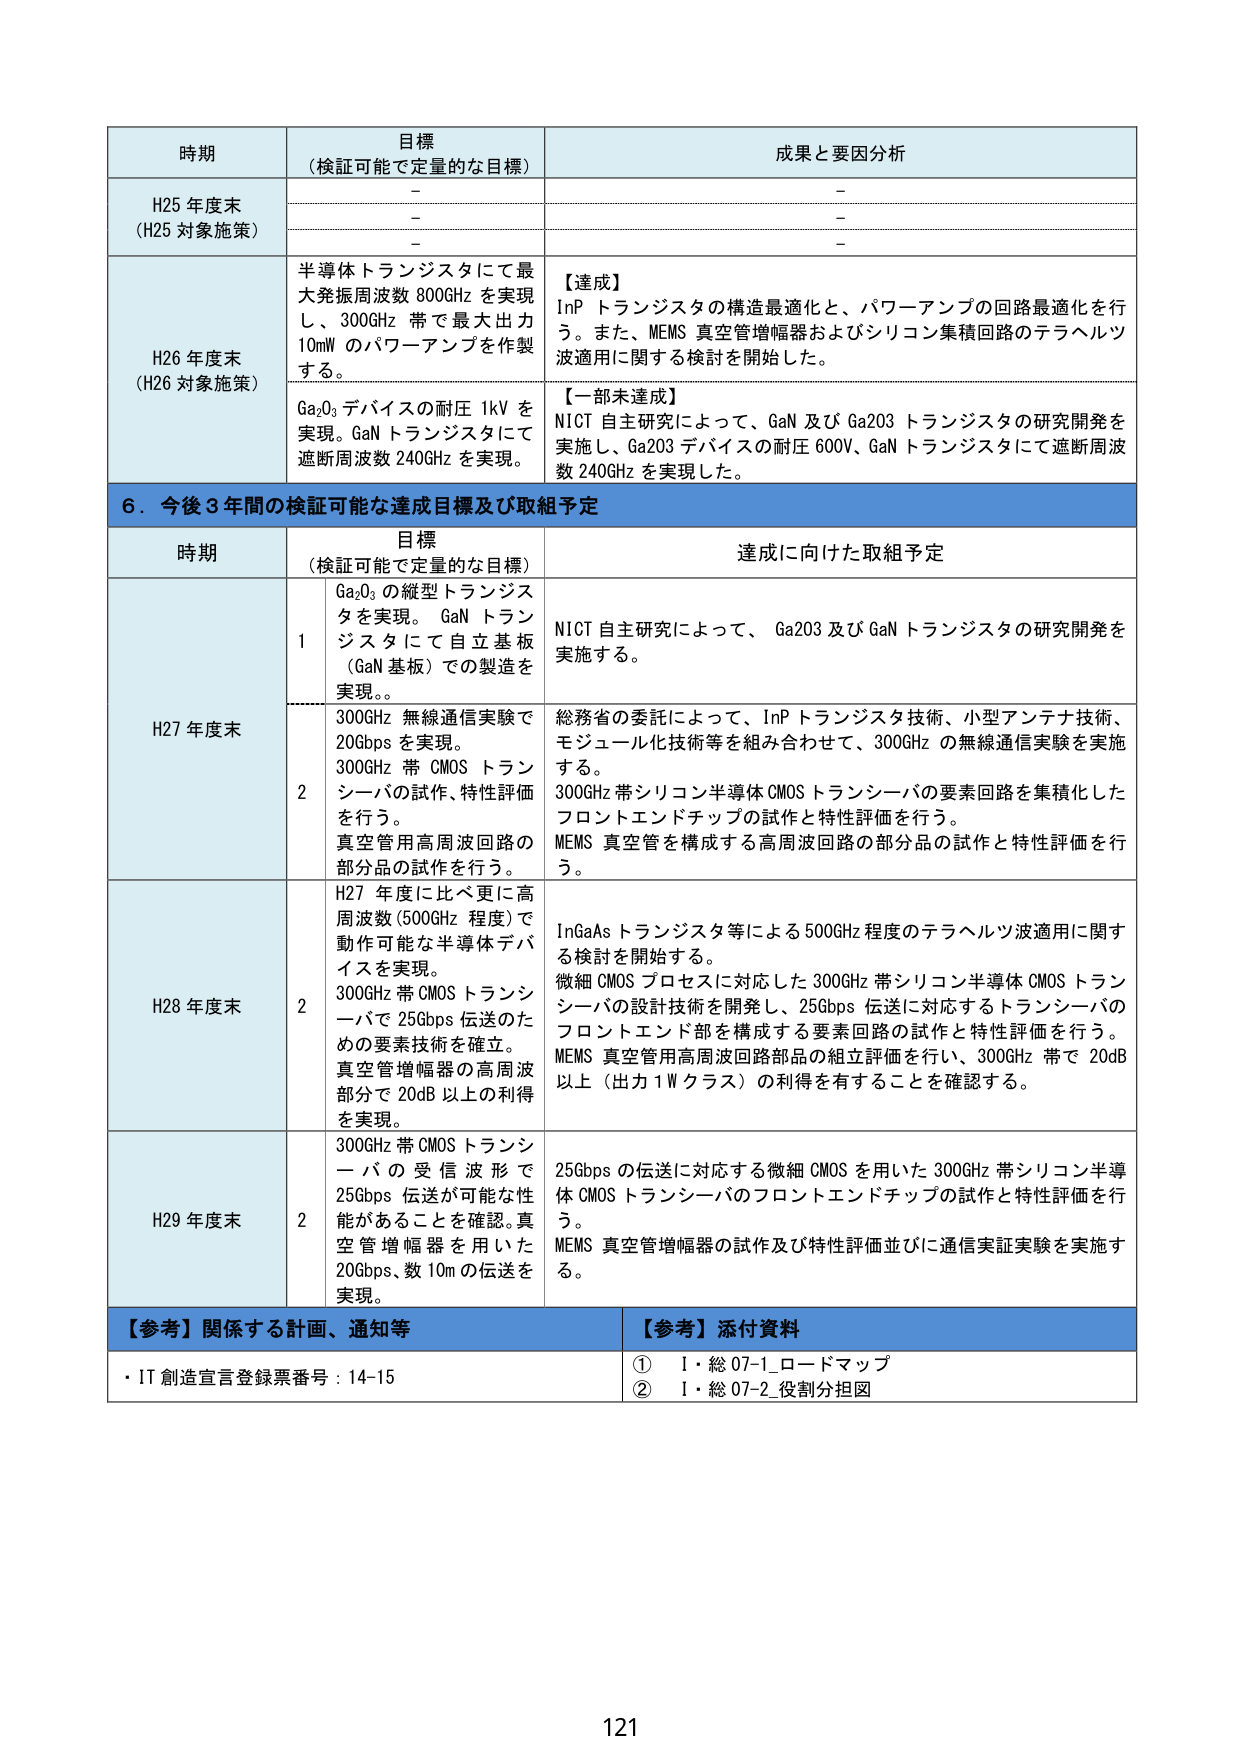
時期 目標 （検証可能で定量的な目標） 成果と要因分析
H25 年度末 （H25 対象施策） － －
－ －
－ －
H26 年度末 （H26 対象施策） 半導体トランジスタにて最大発振周波数 800GHz を実現し、300GHz 帯で最大出力 10mW のパワーアンプを作製する。 【達成】 InP トランジスタの構造最適化と、パワーアンプの回路最適化を行う。また、MEMS 真空管増幅器およびシリコン集積回路のテラヘルツ波適用に関する検討を開始した。
Ga₂O₃ デバイスの耐圧 1kV を実現。GaN トランジスタにて遮断周波数 240GHz を実現。 【一部未達成】 NICT 自主研究によって、GaN 及び Ga2O3 トランジスタの研究開発を実施し、Ga2O3 デバイスの耐圧 600V、GaN トランジスタにて遮断周波数 240GHz を実現した。
6．今後3年間の検証可能な達成目標及び取組予定
時期 目標 （検証可能で定量的な目標） 達成に向けた取組予定
H27 年度末 1 Ga₂O₃ の縦型トランジスタを実現。GaN トランジスタにて自立基板（GaN 基板）での製造を実現。。 NICT 自主研究によって、Ga2O3 及び GaN トランジスタの研究開発を実施する。
2 300GHz 無線通信実験で 20Gbps を実現。300GHz 帯 CMOS トランシーバの試作、特性評価を行う。真空管用高周波回路の部分品の試作を行う。 総務省の委託によって、InP トランジスタ技術、小型アンテナ技術、モジュール化技術等を組み合わせて、300GHz の無線通信実験を実施する。300GHz 帯シリコン半導体 CMOS トランシーバの要素回路を集積化したフロントエンドチップの試作と特性評価を行う。MEMS 真空管を構成する高周波回路の部分品の試作と特性評価を行う。
H28 年度末 2 H27 年度に比べ更に高周波数（500GHz 程度）で動作可能な半導体デバイスを実現。300GHz 帯 CMOS トランシーバで 25Gbps 伝送のための要素技術を確立。真空管増幅器の高周波部分で 20dB 以上の利得を実現。 InGaAs トランジスタ等による 500GHz 程度のテラヘルツ波適用に関する検討を開始する。微細 CMOS プロセスに対応した 300GHz 帯シリコン半導体 CMOS トランシーバの設計技術を開発し、25Gbps 伝送に対応するトランシーバのフロントエンド部を構成する要素回路の試作と特性評価を行う。MEMS 真空管用高周波回路部品の組立評価を行い、300GHz 帯で 20dB 以上（出力 1W クラス）の利得を有することを確認する。
H29 年度末 2 300GHz 帯 CMOS トランシーバの受信波形で 25Gbps 伝送が可能な性能があることを確認。真空管増幅器を用いた 20Gbps、数 10m の伝送を実現。 25Gbps の伝送に対応する微細 CMOS を用いた 300GHz 帯シリコン半導体 CMOS トランシーバのフロントエンドチップの試作と特性評価を行う。MEMS 真空管増幅器の試作及び特性評価並びに通信実証実験を実施する。
【参考】関係する計画、通知等 【参考】添付資料
・IT 創造宣言登録票番号：14-15 ① I・総 07-1_ロードマップ ② I・総 07-2_役割分担図
121